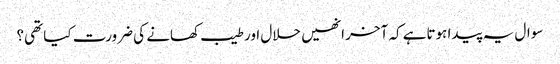
سوال یہ پیدا ہوتاہے کہ آخر انھیں حلال اور طیب کھانے کی ضرورت کیا تھی؟